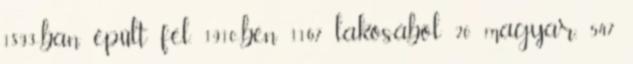
1893-ban épült fel. 1910-ben 1167 lakosából 20 magyar, 547